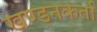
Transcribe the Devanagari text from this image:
खण्डनकर्ता